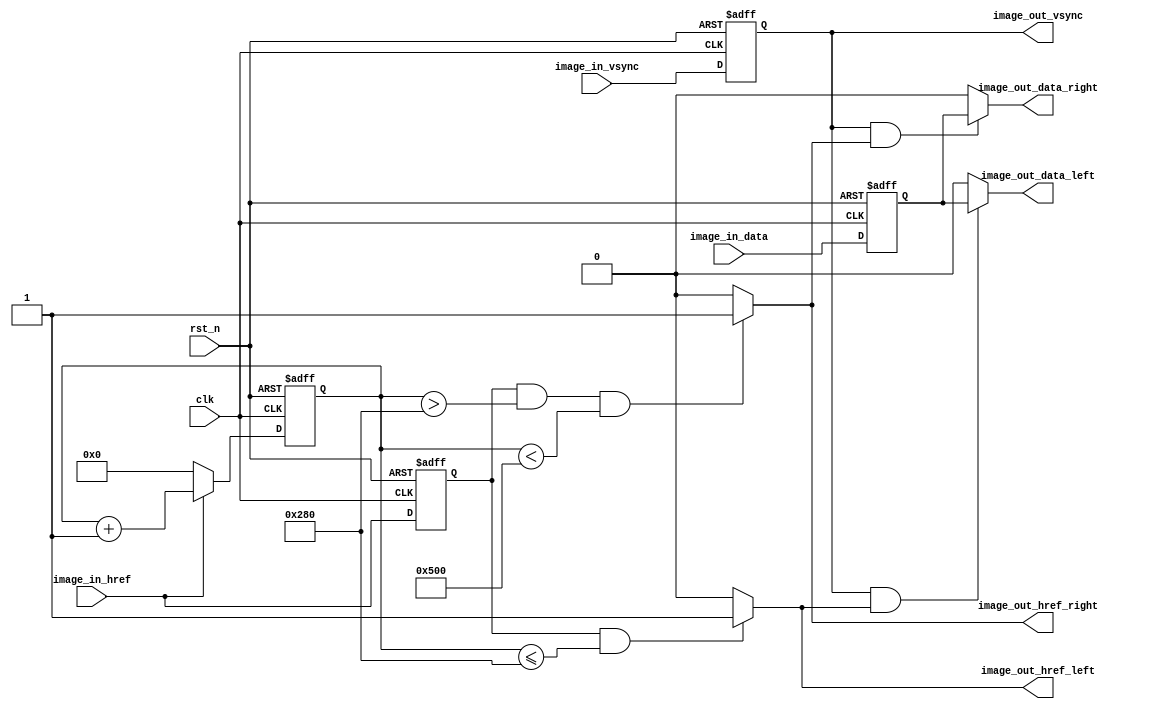
`timescale 1ns / 1ps
module Image_XYCrop(
	input			clk,				
	input			rst_n,				
	
	//CMOS 
	input			image_in_vsync,		
	input			image_in_href,		
	input		   	image_in_data,

	output			image_out_vsync,	
	output			image_out_href_left,	
	output		   	image_out_data_left,
    output			image_out_href_right,                                    	
    output		   	image_out_data_right                                       	
);

//-----------------------------------
reg		image_in_href_r  = 0;
reg		image_in_vsync_r = 0;
reg	   	image_in_data_r  = 0;
always@(posedge clk or negedge rst_n) begin
	if(!rst_n) begin
		image_in_vsync_r <= 0;
		image_in_href_r <= 0;
		image_in_data_r <= 0;
	end
	else begin
		image_in_vsync_r <= image_in_vsync;
		image_in_href_r <= image_in_href;
		image_in_data_r <= image_in_data;
	end
end
//-----------------------------------
//Image Ysize Crop
reg	 [11:0] image_ypos = 0;
wire image_in_href_negedge = (image_in_href_r & ~image_in_href) ? 1'b1 : 1'b0;
always@(posedge clk or negedge rst_n) begin
	if(!rst_n)
		image_ypos <= 0;
	else if(image_in_vsync == 1'b1) begin
		if(image_in_href_negedge == 1'b1)   //image_ypos1
			image_ypos <= image_ypos + 1'b1;
		else
			image_ypos <= image_ypos;
	end
	else
		image_ypos <= 0;
end
assign	image_out_vsync = image_in_vsync_r; // image_out_vsync image_in_vsync
			   
//-----------------------------------
//Image Hsize Crop
reg	[11:0] image_xpos = 0;
always@(posedge clk or negedge rst_n) begin
	if(!rst_n)
		image_xpos <= 0;
	else if(image_in_href == 1'b1)
		image_xpos <= image_xpos + 1'b1;
	else
		image_xpos <= 0;
end

assign	image_out_href_right = ((image_in_href_r == 1'b1) && (image_xpos > 10'd640) && (image_xpos < 12'd1280)) ? 1'b1 : 1'b0;
assign	image_out_data_right = (image_out_vsync & image_out_href_right) ? image_in_data_r : 1'd0;				   
assign	image_out_href_left  = ((image_in_href_r == 1'b1) && (image_xpos <= 10'd640)) ? 1'b1 : 1'b0;	 
assign	image_out_data_left  = (image_out_vsync & image_out_href_left)  ? image_in_data_r : 1'd0;

endmodule